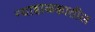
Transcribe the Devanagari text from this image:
न्याहाळकातील